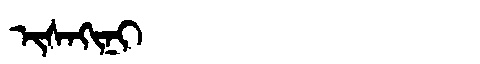
Manchu: ᡳᠰᠠᡴᡳᠨᡳ
Romanization: ISAKINI